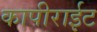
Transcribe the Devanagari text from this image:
कापीराईट